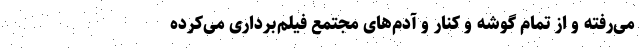
می‌رفته و از تمام گوشه و کنار و آدم‌های مجتمع فیلم‌برداری می‌کرده